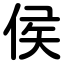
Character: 侯